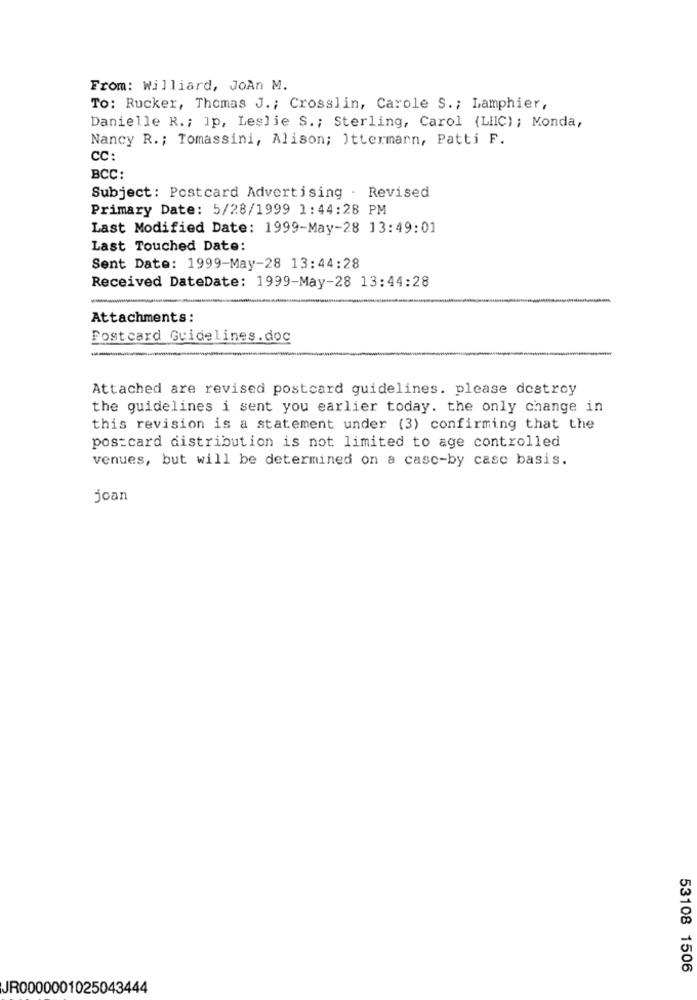
From: Williard, JoAn M.
To: Rucker, Thomas J .; Crosslin, Carole S .; Lamphier,
Danielle R .; Ip, Leslie S .; Sterling, Carol (LIIC) ; Monda,
Nancy R .; Tomassini, Alison; Ittermann, Patti F.
CC:
BCC:
Subject: Postcard Advertising . Revised
Primary Date: 5/28/1999 1:44:28 PM
Last Modified Date: 1999-May-28 13:49:01
Last Touched Date:
Sent Date: 1999-May-28 13:44:28
Received DateDate: 1999-May-28 13:44:28
Attachments:
Postcard Guidelines. doc
--
Attached are revised postcard guidelines. please destroy
the guidelines i sent you earlier today. the only change in
this revision is a statement under (3) confirming that the
postcard distribution is not limited to age controlled
venues, but will be determined on a casc-by casc basis.
joan
53108 1506
JR0000001025043444